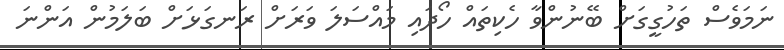
ނަމަވެސް ތަހުގީގަށް ބޭނުންވާ ހެކިތައް ހޯދައި މައްސަލަ ވަރަށް ރަނގަޅަށް ބަލަމުން އަންނަ